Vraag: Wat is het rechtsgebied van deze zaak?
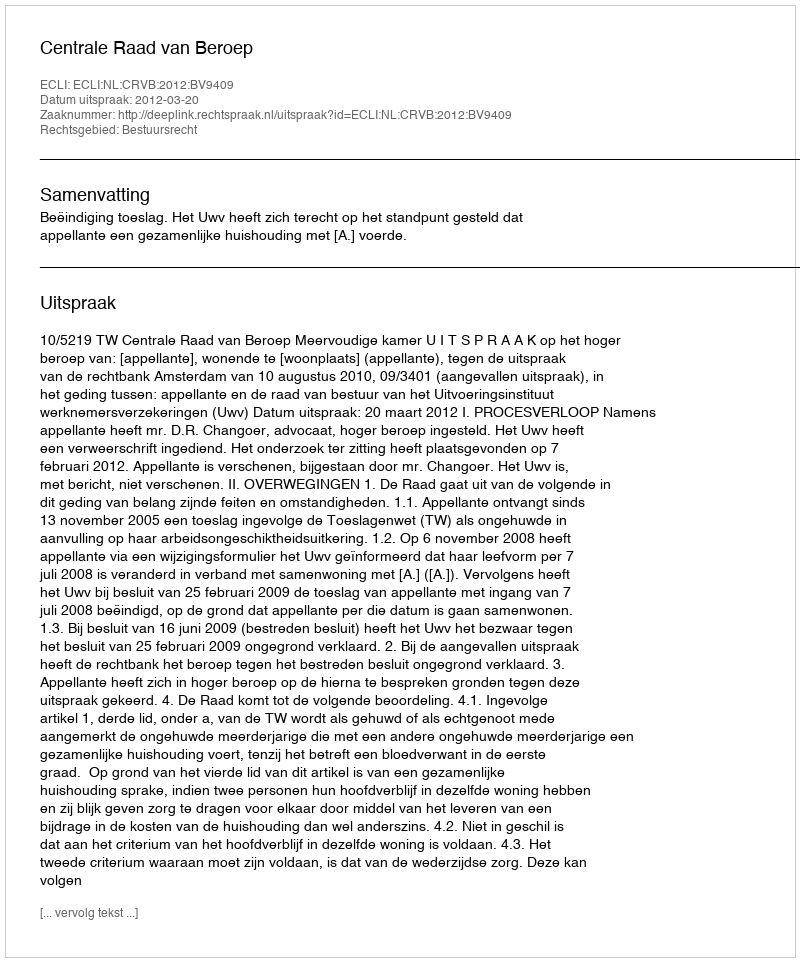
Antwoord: Bestuursrecht